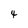
Character: 4